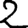
Digit: 2